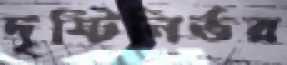
দৃষ্টিনির্ভর